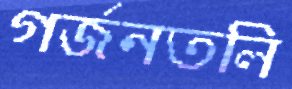
গর্জনতলি